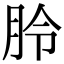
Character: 朎